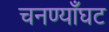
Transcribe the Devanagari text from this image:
चनण्याँघट